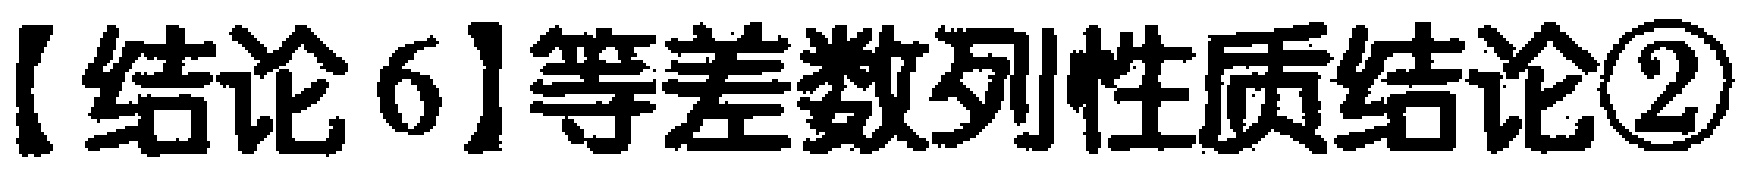
【结论 6】等差数列性质结论\textcircled{2}